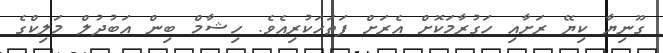
ގޫނިޔާ ކިޔޭ ރަށާއި ހަގުރާމަކޮށް އެރަށް ފަތަހަކުރިއެވެ. ހިޝާމް ބިން އަބުދުލް މަލިކްގެ